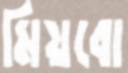
মিয়বো